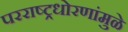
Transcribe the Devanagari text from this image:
परराष्ट्रधोरणांमुळे